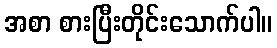
အစာ စားပြီးတိုင်းသောက်ပါ။